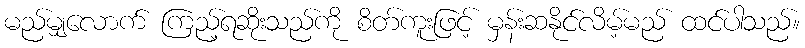
မည်မျှလောက် ကြည့်ရဆိုးသည်ကို စိတ်ကူးဖြင့် မှန်းဆနိုင်လိမ့်မည် ထင်ပါသည်။